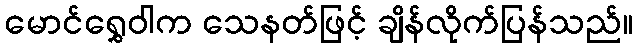
မောင်ရွှေဝါက သေနတ်ဖြင့် ချိန်လိုက်ပြန်သည်။